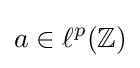
a\in \ell ^{p}(\mathbb {Z} )